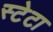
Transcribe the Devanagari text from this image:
स्टेटा